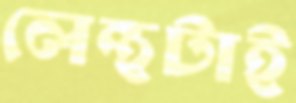
লেন্থটাই